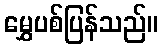
မွှေပစ်ပြန်သည်။